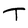
Character: T